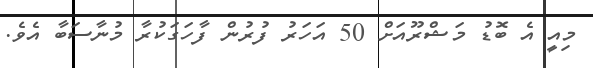
މިއީ އެ ބޮޑު މަޝްރޫއަށް 50 އަހަރު ފުރުން ފާހަގަކުރާ މުނާސަބާ އެވެ.